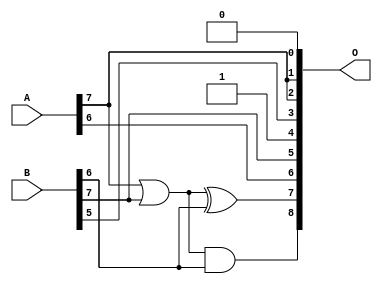
/***
* This code is a part of EvoApproxLib library (ehw.fit.vutbr.cz/approxlib) distributed under The MIT License.
* When used, please cite the following article(s):  
* This file contains a circuit from a sub-set of pareto optimal circuits with respect to the pwr and mre parameters
***/
// MAE% = 10.10 %
// MAE = 52 
// WCE% = 37.50 %
// WCE = 192 
// WCRE% = 1500.00 %
// EP% = 99.41 %
// MRE% = 22.52 %
// MSE = 4292 
// PDK45_PWR = 0.0026 mW
// PDK45_AREA = 11.7 um2
// PDK45_DELAY = 0.14 ns


module add8u_06A(A, B, O);
  input [7:0] A, B;
  output [8:0] O;
  wire sig_48;
  assign O[4] = 1'b1;
  assign O[0] = 1'b0;
  assign O[5] = B[7];
  assign sig_48 = A[7] | B[7];
  assign O[8] = sig_48 & B[6];
  assign O[7] = sig_48 ^ B[6];
  assign O[1] = A[7];
  assign O[2] = A[7];
  assign O[3] = B[5];
  assign O[6] = A[6];
endmodule